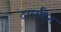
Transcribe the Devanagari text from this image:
टार्लाटैन